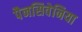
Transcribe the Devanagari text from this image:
पैनसिवेनिया